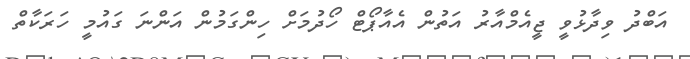
އަބްދު ވިދާޅުވީ ޖީއެމްއާރު އަތުން އެއާޕޯޓް ހޯދުމަށް ހިންގަމުން އަންނަ ގައުމީ ހަރަކާތް